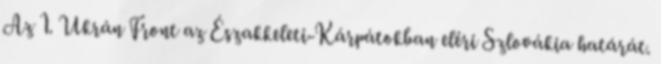
Az 1. Ukrán Front az Északkeleti-Kárpátokban eléri Szlovákia határát.